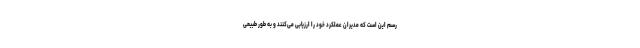
رسم این است که مدیران عملکرد خود را ارزیابی می‌کنند و به طور طبیعی